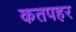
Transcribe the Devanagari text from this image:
कतपहर